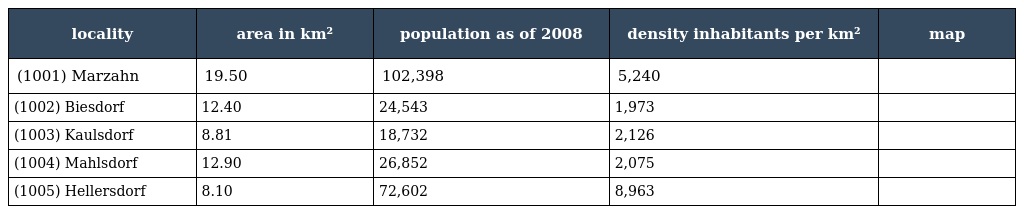
| locality | area in km² | population as of 2008 | density inhabitants per km² | map |
 | --- | --- | --- | --- | --- |
 | (1001) Marzahn | 19.50 | 102,398 | 5,240 |  |
 | (1002) Biesdorf | 12.40 | 24,543 | 1,973 |  |
 | (1003) Kaulsdorf | 8.81 | 18,732 | 2,126 |  |
 | (1004) Mahlsdorf | 12.90 | 26,852 | 2,075 |  |
 | (1005) Hellersdorf | 8.10 | 72,602 | 8,963 |  |